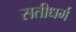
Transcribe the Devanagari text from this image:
सतीधर्म